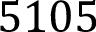
5 1 0 5